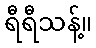
ရီရီသန့်။